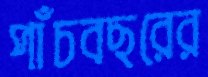
পাঁচবছরের